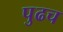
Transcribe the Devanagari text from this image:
पुढच